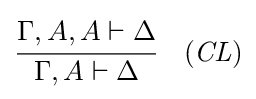
{\cfrac {\Gamma ,A,A\vdash \Delta }{\Gamma ,A\vdash \Delta }}\quad ({\mathit {CL}})